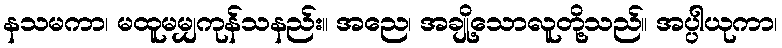
နသမကာ၊ မထူမမျှကုန်သနည်း။ အညေ၊ အချို့သောလူတို့သည်။ အပ္ပါယုကာ၊